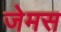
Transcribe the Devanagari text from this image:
जेमस